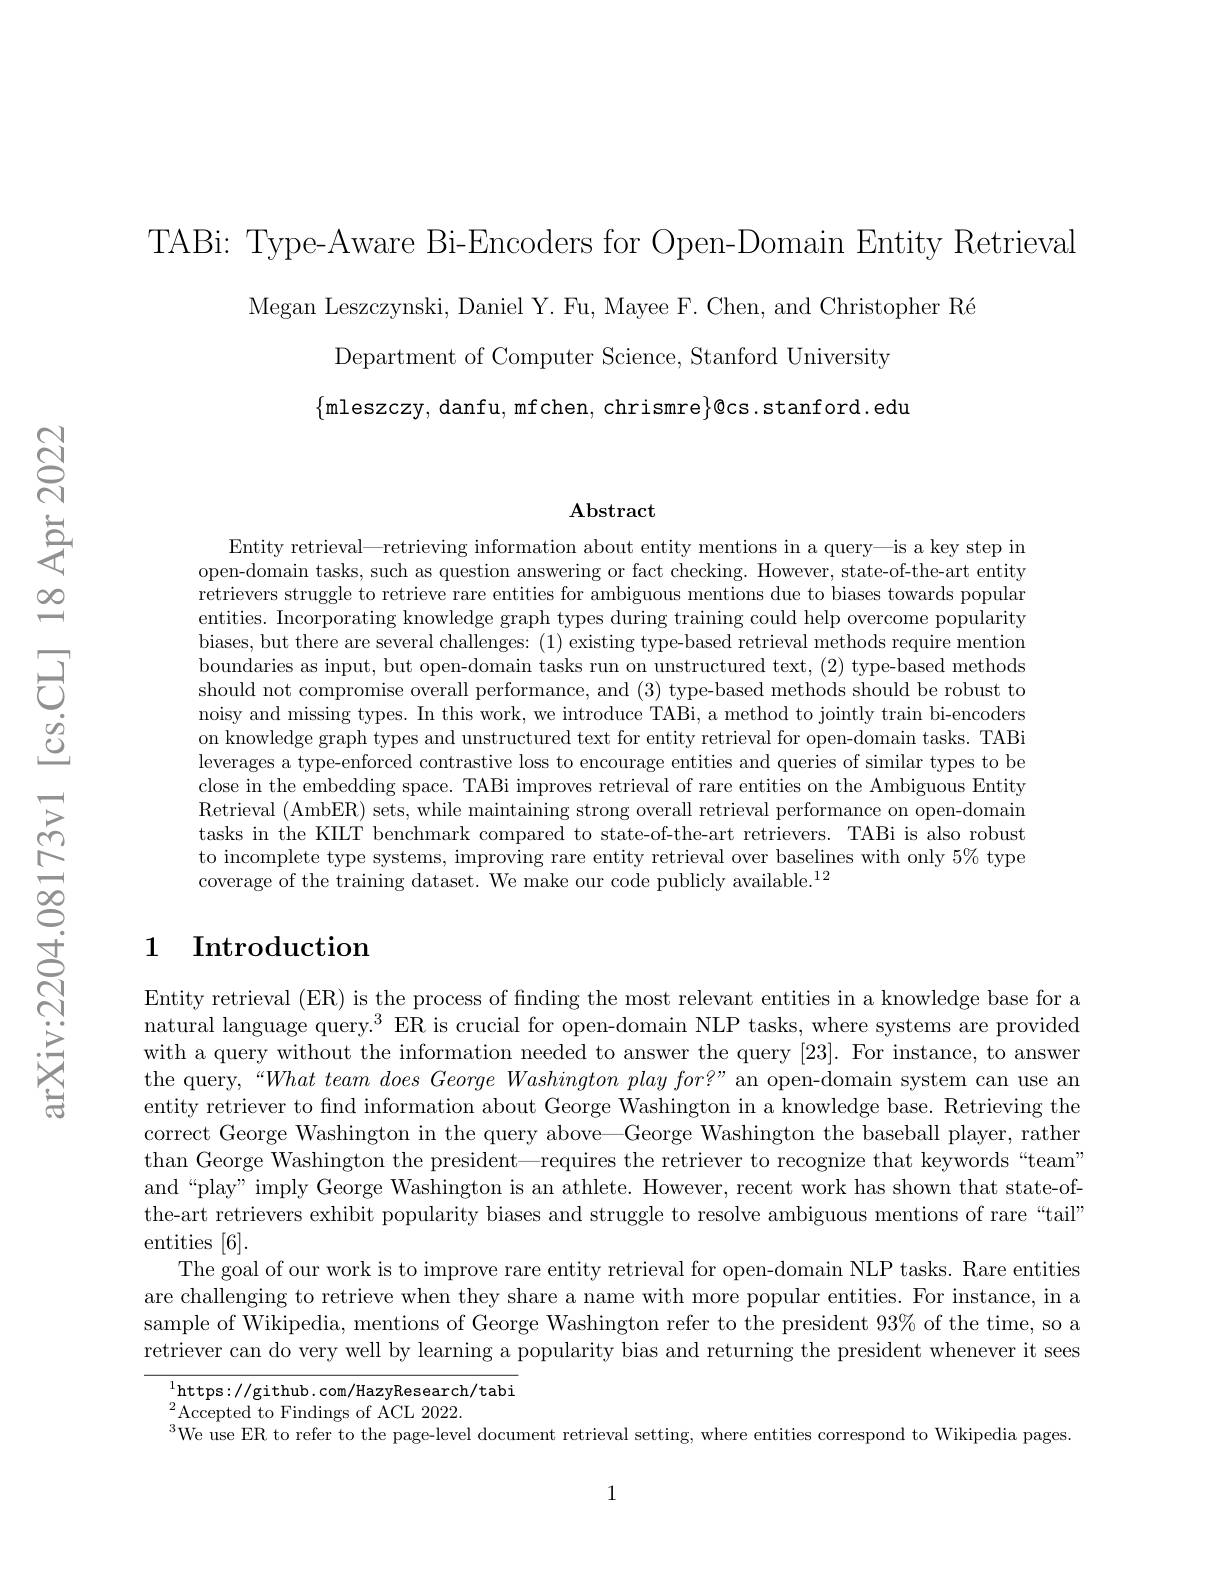
TABi: Type-Aware Bi-Encoders for Open-Domain Entity Retrieval
Megan Leszczynski, Daniel Y. Fu, Mayee F. Chen, and Christopher Ré
Department of Computer Science, Stanford University $\{$mleszczy, danfu, mfchen, chrismre$\}@$cs.stanford.edu

### $\mathbf{Abstract}$

Entity retrieval—retrieving information about entity mentions in a query—is a key step in open-domain tasks, such as question answering or fact checking. However, state-of-the-art entity retrievers struggle to retrieve rare entities for ambiguous mentions due to biases towards popular entities. Incorporating knowledge graph types during training could help overcome popularity biases, but there are several challenges: (1) existing type-based retrieval methods require mention boundaries as input, but open-domain tasks run on unstructured text, (2) type-based methods should not compromise overall performance, and (3) type-based methods should be robust to noisy and missing types. In this work, we introduce TABi, a method to jointly train bi-encoders on knowledge graph types and unstructured text for entity retrieval for open-domain tasks. TABi leverages a type-enforced contrastive loss to encourage entities and queries of similar types to be close in the embedding space. TABi improves retrieval of rare entities on the Ambiguous Entity Retrieval (AmbER) sets, while maintaining strong overall retrieval performance on open-domain tasks in the KIILT benchmark compared to state-of-the-art retrievers. TABi is also robust to incomplete type systems, improving rare entity retrieval over baselines with only $5\%$ type coverage of the training dataset. We make our code publicly available.$^12$

## 1 Introduction

Entity retrieval (ER) is the process of finding the most relevant entities in a knowledge base for a natural language query.$^3$ ER is crucial for open-domain NLP tasks, where systems are provided with a query without the information needed to answer the query [23]. For instance, to answer the query,“What team does George Washington play for?” an open-domain system can use an entity retriever to find information about George Washington in a knowledge base. Retrieving the correct George Washington in the query above—George Washington the baseball player, rather than George Washington the president—requires the retriever to recognize that keywords“team” and“play” imply George Washington is an athlete. However, recent work has shown that state-ofthe-art retrievers exhibit popularity biases and struggle to resolve ambiguous mentions of rare “tail” entities [6].
The goal of our work is to improve rare entity retrieval for open-domain NLP tasks. Rare entities are challenging to retrieve when they share a name with more popular entities. For instance, in a sample of Wikipedia, mentions of George Washington refer to the president 93% of the time, so a retriever can do very well by learning a popularity bias and returning the president whenever it sees

$^{1}$https://github.com/HazyResearch/tabi
${}^{2}$Accepted to Findings of ACL 2022.
$^{3}$We use ER to refer to the page-level document retrieval setting, where entities correspond to Wikipedia pages

1